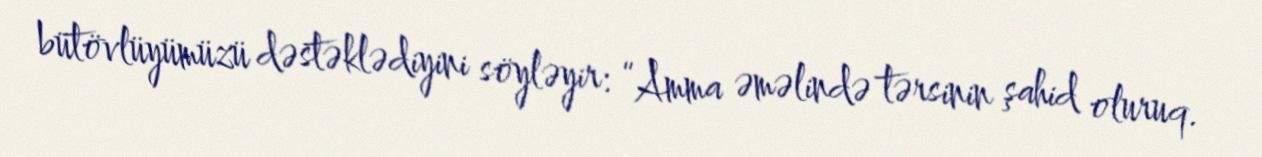
bütövlüyümüzü dəstəklədiyini söyləyir: “Amma əməlində tərsinin şahid oluruq.